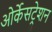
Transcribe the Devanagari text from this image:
ओर्केसट्रेशन